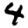
Digit: 4